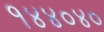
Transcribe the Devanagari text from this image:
१४४०४०